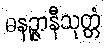
ဓနဉ္ဇာနီသုတ္တံ